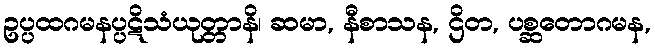
ဥပ္ပထဂမနပ္ပဋိသံယုတ္တာနိ၊ ဆမာ, နီစာသန, ဌိတ, ပစ္ဆတောဂမန,